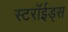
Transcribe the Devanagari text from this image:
स्टरॉईड्स